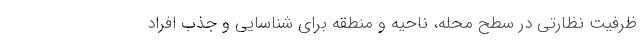
ظرفیت نظارتی در سطح محله، ناحیه و منطقه برای شناسایی و جذب افراد